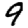
Digit: 9